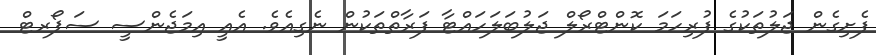
ފެށިގެން ޖަލުތަކުގެ ފުރިހަމަ ކޮންޓްރޯލް ޖަލުބަލަހައްޓާ ފަރާތްތަކުން ނެގިއެވެ. އެއީ އިމަޖެންސީ ސަޕޯރޓް